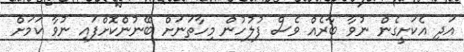
އަދި އެކަށީގެން ނުވާ ބާރެެއް ވެސް ފުލުހުން މިހާތަނަށް ބޭނުންކޮށްފައި ނުވާ ކަމަށް